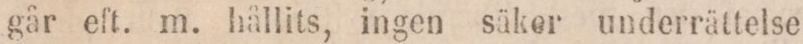
går eft. m. hållits, ingen säker underrättelse